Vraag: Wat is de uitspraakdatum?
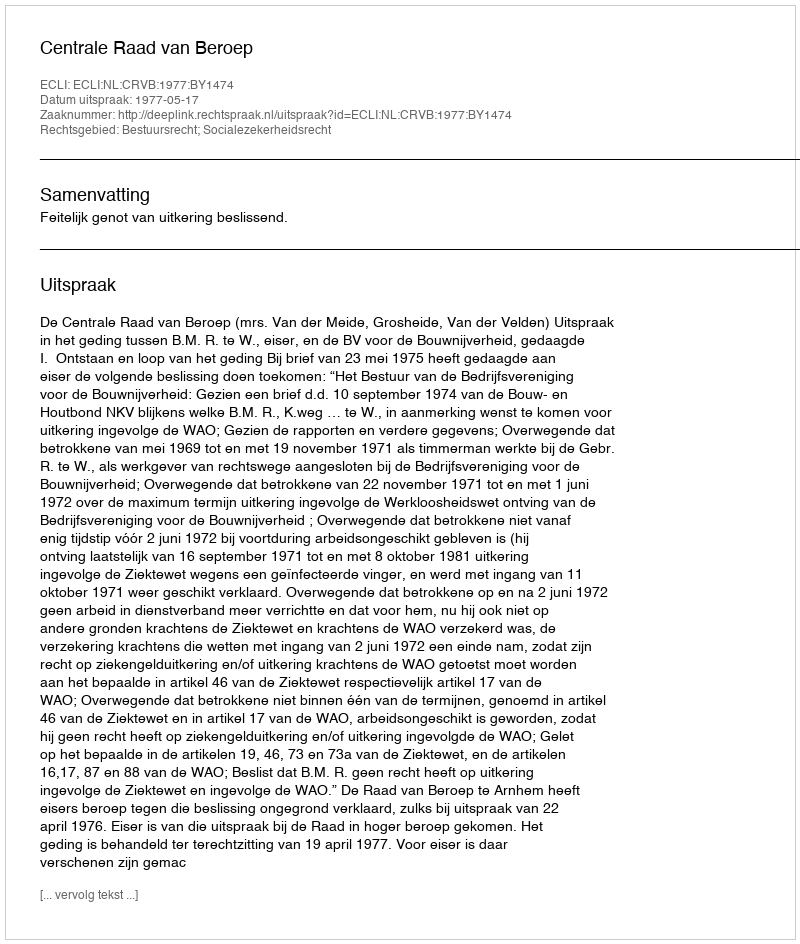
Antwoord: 1977-05-17